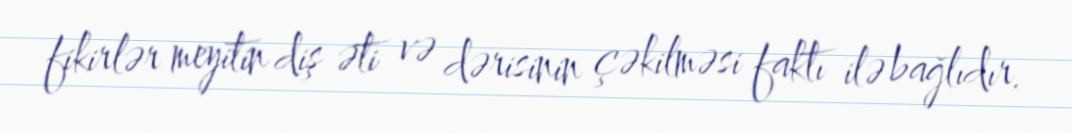
fikirlər meyitin diş əti və dərisinin çəkilməsi faktı ilə bağlıdır.